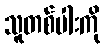
သူတစ်ပါးကို